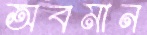
অবমান